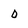
Character: 0